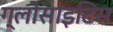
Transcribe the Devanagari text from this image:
ग्लोसाइटिस